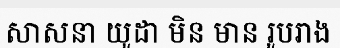
សាសនា យូដា មិន មាន រូបរាង